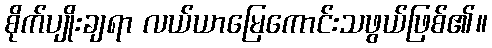
စိုက်ပျိုးချရာ လယ်ယာမြေကောင်းသဖွယ်ဖြစ်၏။